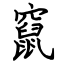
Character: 竄